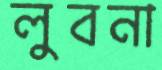
লুবনা